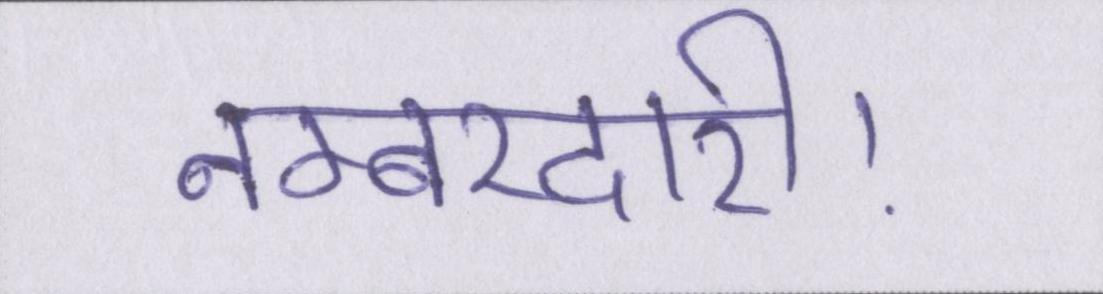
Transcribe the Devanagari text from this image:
नम्बरदारी।